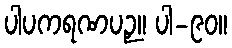
ပါပကရဏပဉှ။ ပါ-၉၀။